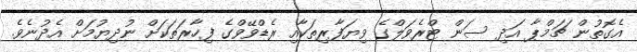
އެގޮތުން ޗަމްޕާ އަދި ސަން ޓްރެވަލްގެ ވިޔަފާރިތަކާއި ރެޑްވޭވްގެ ފިހާރަތަކަށް ނުދިޔުމަށް އެދުނެވެ.